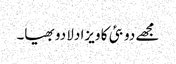
مجھے دوبئی کا ویزا دلا دو بھیا۔